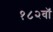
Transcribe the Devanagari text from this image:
१८२वॉ